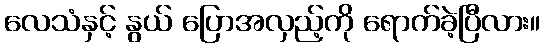
လေသံနှင့် နွယ် ပြောအလှည့်ကို ရောက်ခဲ့ပြီလား။